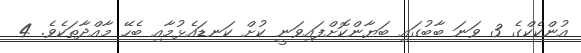
އުންކެކްގެ 3 ވަނަ ބާބުގައި ބަޔާންކޮށްފައިވަނީ ކުށް ކަނޑައެޅުމާއި ބެހޭ މާއްދާތަކެވެ. 4